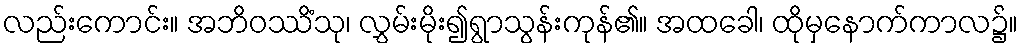
လည်းကောင်း။ အဘိဝဿိံသု၊ လွှမ်းမိုး၍ရွာသွန်းကုန်၏။ အထခေါ၊ ထိုမှနောက်ကာလ၌။